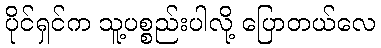
ပိုင်ရှင်က သူ့ပစ္စည်းပါလို့ ပြောတယ်လေ